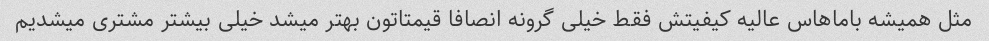
مثل همیشه باماهاس عالیه کیفیتش فقط خیلی گرونه انصافا قیمتاتون بهتر میشد خیلی بیشتر مشتری میشدیم